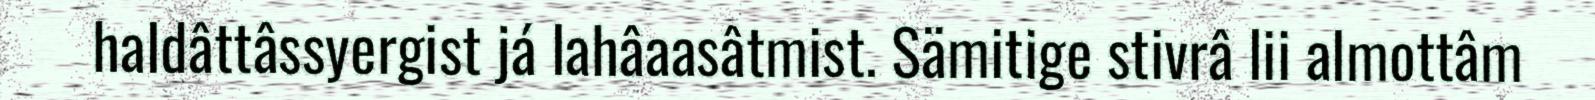
haldâttâssyergist já lahâaasâtmist. Sämitige stivrâ lii almottâm